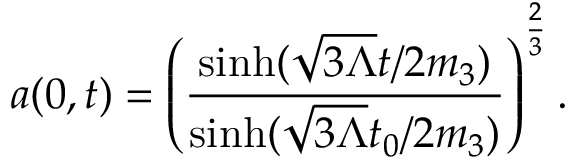
a ( 0 , t ) = \left( \frac { \sinh ( \sqrt { 3 \Lambda } t / 2 m _ { 3 } ) } { \sinh ( \sqrt { 3 \Lambda } t _ { 0 } / 2 m _ { 3 } ) } \right) ^ { \frac { 2 } { 3 } } .